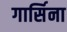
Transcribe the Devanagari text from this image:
गार्सिना